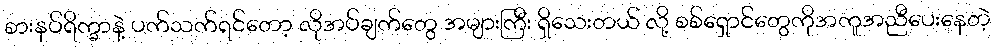
စားနပ်ရိက္ခာနဲ့ ပက်သက်ရင်တော့ လိုအပ်ချက်တွေ အများကြီး ရှိသေးတယ် လို့ စစ်ရှောင်တွေကိုအကူအညီပေးနေတဲ့